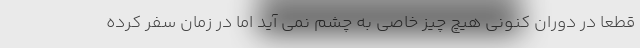
قطعا در دوران کنونی هیچ چیز خاصی به چشم نمی آید اما در زمان سفر کرده